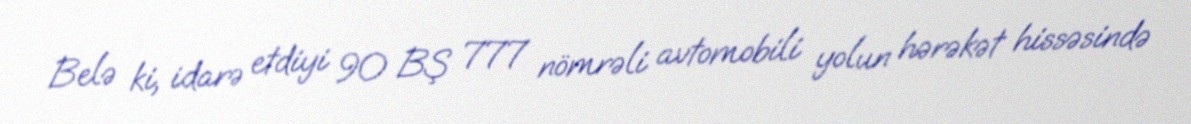
Belə ki, idarə etdiyi 90 BŞ 777 nömrəli avtomobili yolun hərəkət hissəsində